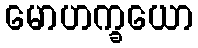
မောဟက္ခယော